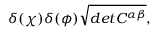
\delta ( \chi ) \delta ( \phi ) \sqrt { d e t C ^ { \alpha \beta } } ,